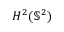
H ^ { 2 } ( \mathbb { S } ^ { 2 } )